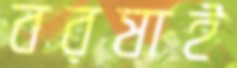
বরষাই